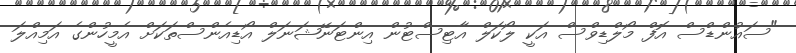
"ސައުންޑްސް އޮފް މޯލްޑިވްސް އަކީ ލޯކަލް އާޓިސްޓުން އިންޓަނޭޝަނަލް އޯޑިއެންސްތަކަށް އެމީހުންގެ އަމިއްލަ